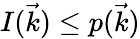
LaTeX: I(\vec{k})\leq p(\vec{k})